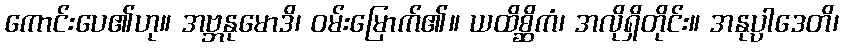
ကောင်းပေ၏ဟု။ အဗ္ဘနုမောဒိ၊ ဝမ်းမြောက်၏။ ယထိစ္ဆိကံ၊ အလိုရှိတိုင်း။ အနုပ္ပါဒေတိ၊